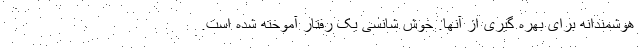
هوشمندانه برای بهره گیری از آنها. خوش شانسی یک رفتار آموخته شده است.